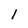
Character: 1